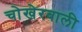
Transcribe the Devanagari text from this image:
चोखेरबाली